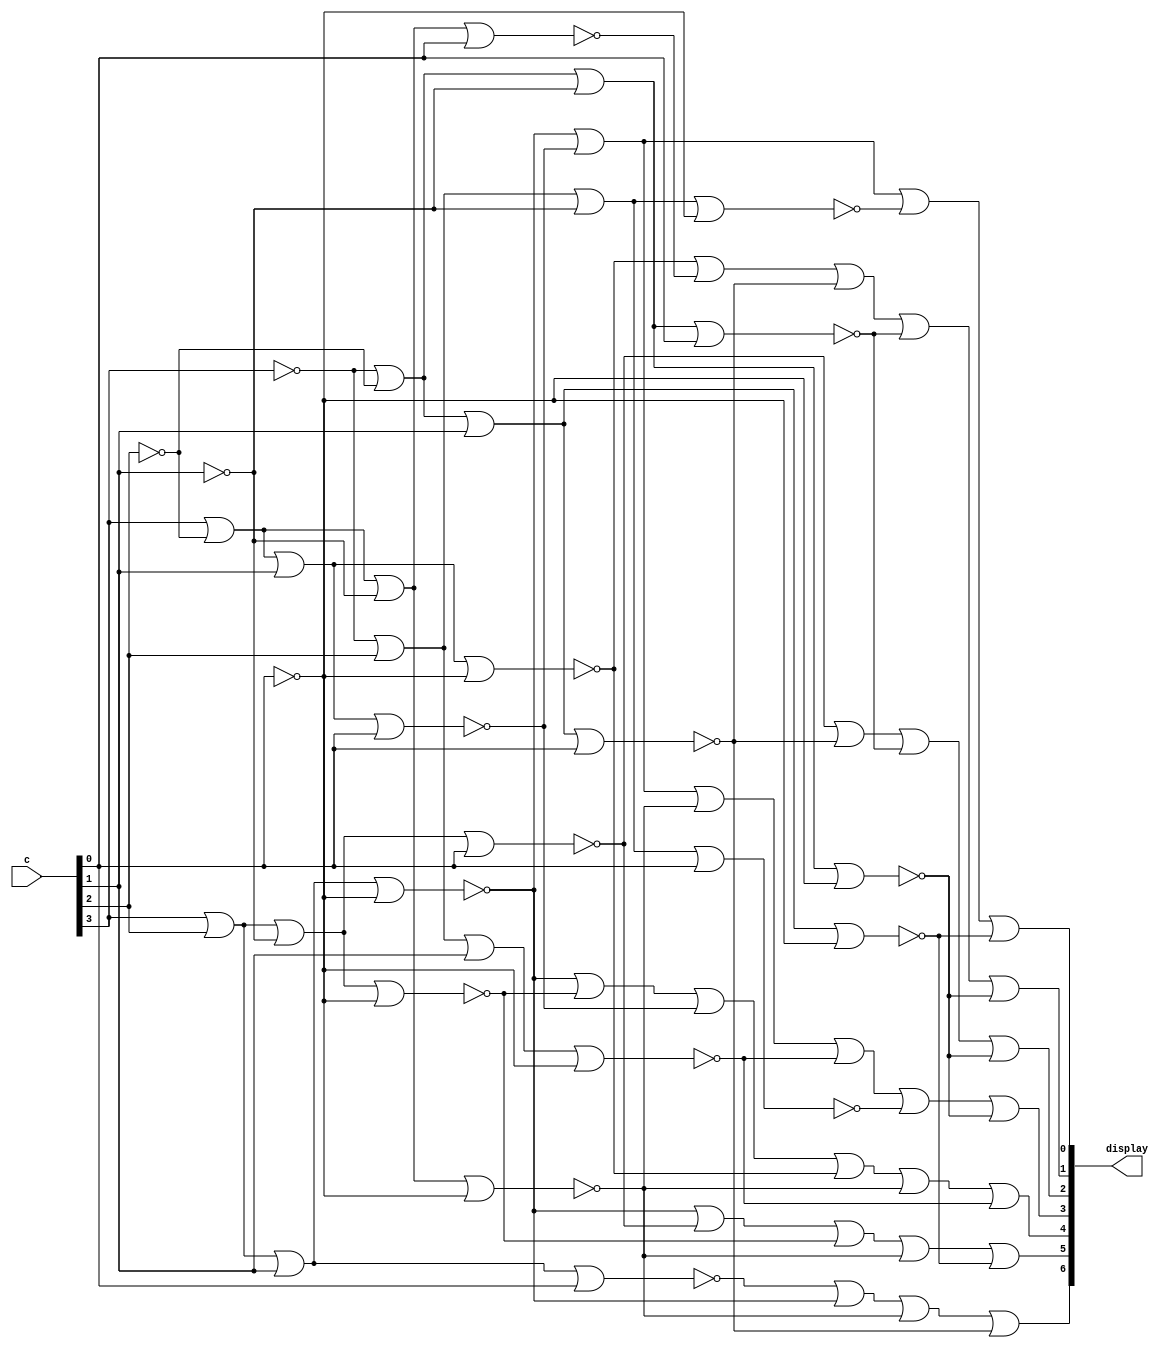
`timescale 1ns / 1ns // `timescale time_unit/time_precision


module hex_decoder(c, display);
	
	// setting inputs and outputs
	input[3:0]c;
	output[6:0]display;
	
	// creating wires
	wire M0, M1, M2, M3, M4, M5, M6, M7, M8, M9, MA, Mb, MC, Md, ME, MF;

	// assigning hexadecimal
	assign M0 = ~(c[3] | c[2] | c[1] | c[0]);
	assign M1 = ~(c[3] | c[2] | c[1] | ~c[0]);
	assign M2 = ~(c[3] | c[2] | ~c[1] | c[0]);
	assign M3 = ~(c[3] | c[2] | ~c[1] | ~c[0]);
	assign M4 = ~(c[3] | ~c[2] | c[1] | c[0]);
	assign M5 = ~(c[3] | ~c[2] | c[1] | ~c[0]);
	assign M6 = ~(c[3] | ~c[2] | ~c[1] | c[0]);
	assign M7 = ~(c[3] | ~c[2] | ~c[1] | ~c[0]);
	assign M8 = ~(~c[3] | c[2] | c[1] | c[0]);
	assign M9 = ~(~c[3] | c[2] | c[1] | ~c[0]);
	assign MA = ~(~c[3] | c[2] | ~c[1] | c[0]);
	assign Mb = ~(~c[3] | c[2] | ~c[1] | ~c[0]);
	assign MC = ~(~c[3] | ~c[2] | c[1] | c[0]);
	assign Md = ~(~c[3] | ~c[2] | c[1] | ~c[0]);
	assign ME = ~(~c[3] | ~c[2] | ~c[1] | c[0]);
	assign MF = ~(~c[3] | ~c[2] | ~c[1] | ~c[0]);

	// assigning outputs
	assign display[0] = (M1 | M4 | Mb | Md);
	assign display[1] = (M5 | M6 | MC | ME | MF);
	assign display[2] = (M2 | MC | ME | MF);
	assign display[3] = (M1 | M4 | M7 | M9 | MA | MF);
	assign display[4] = (M1 | M3 | M4 | M5 | M7 | M9);
	assign display[5] = (M1 | M2 | M3 | M7 | Md);
	assign display[6] = (M0 | M1 | M7 | MC);

endmodule